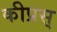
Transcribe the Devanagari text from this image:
कीप्रस्